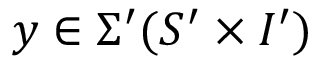
y \in \Sigma ^ { \prime } ( S ^ { \prime } \times I ^ { \prime } )